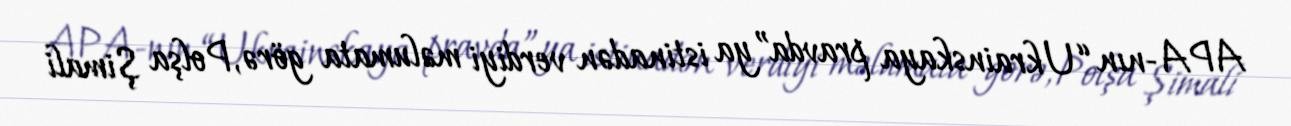
APA-nın “Ukrainskaya pravda”ya istinadən verdiyi məlumata görə, Polşa Şimali